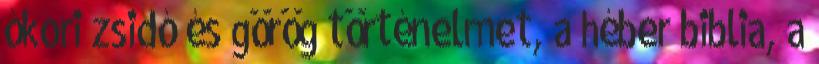
ókori zsidó és görög történelmet, a héber biblia, a